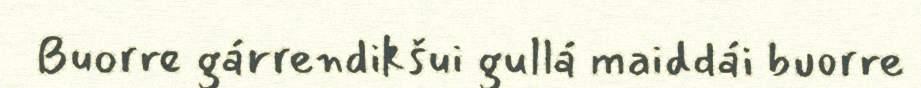
Buorre gárrendikšui gullá maiddái buorre